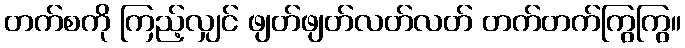
တက်စကို ကြည့်လျှင် ဖျတ်ဖျတ်လတ်လတ် တက်တက်ကြွကြွ။